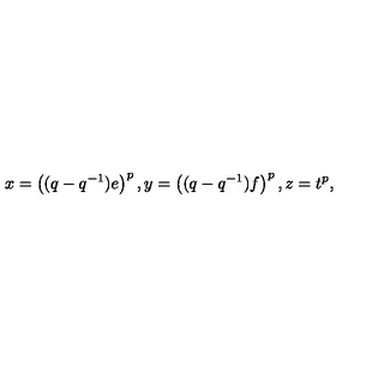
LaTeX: x = \left( ( q - q ^ { - 1 } ) e \right) ^ { p } , y = \left( ( q - q ^ { - 1 } ) f \right) ^ { p } , z = t ^ { p } ,